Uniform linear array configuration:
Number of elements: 12
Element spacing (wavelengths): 0.25
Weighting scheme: binomial
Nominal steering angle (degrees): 45
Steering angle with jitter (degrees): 43.584
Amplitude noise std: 0.05
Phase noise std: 0.05

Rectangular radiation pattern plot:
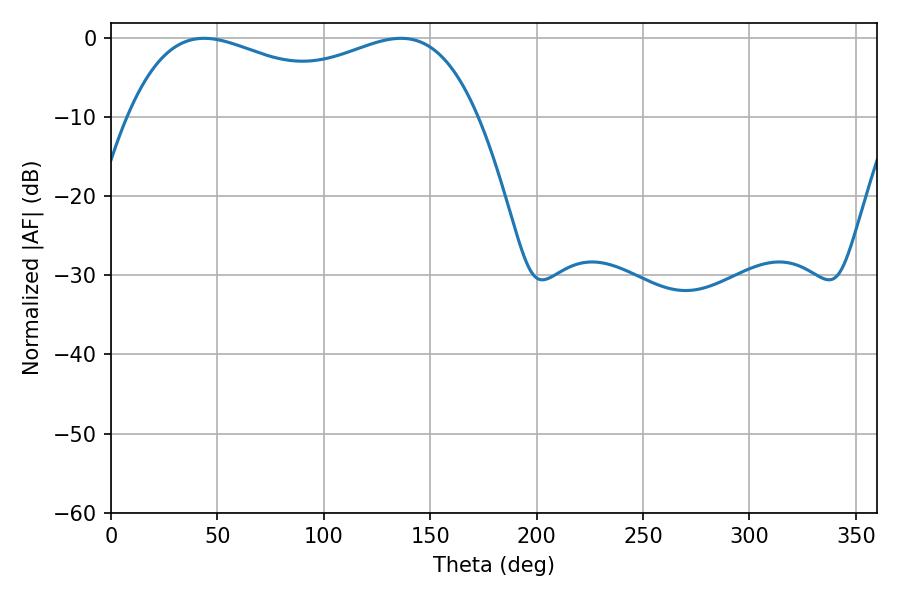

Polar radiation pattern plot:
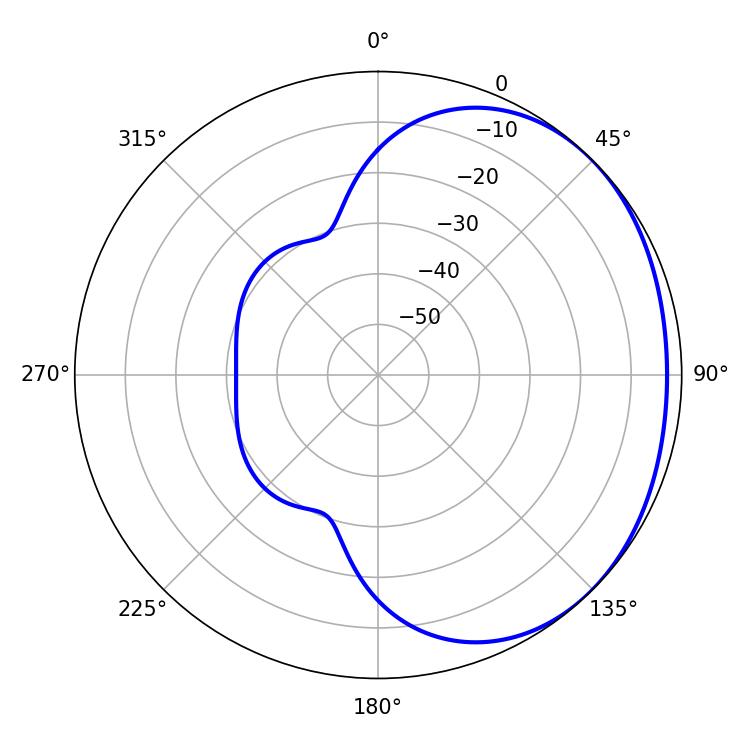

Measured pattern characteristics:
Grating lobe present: FALSE
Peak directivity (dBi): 1.533
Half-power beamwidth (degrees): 135.36
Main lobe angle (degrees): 43.74